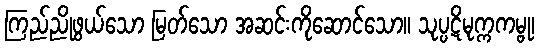
ကြည်ညိုဖွယ်သော မြတ်သော အဆင်းကိုဆောင်သော။ သုပ္ပဋိမုက္ကကမ္ဗု၊